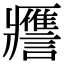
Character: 𧭭